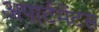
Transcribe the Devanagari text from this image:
अपार्टमेंटस